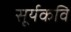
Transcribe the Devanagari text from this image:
सूर्यकवि